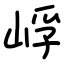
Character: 㟊